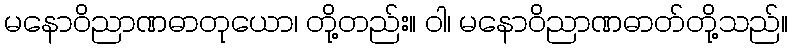
မနောဝိညာဏဓာတုယော၊ တို့တည်း။ ဝါ၊ မနောဝိညာဏဓာတ်တို့သည်။